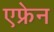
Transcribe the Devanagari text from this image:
एफ्रेन